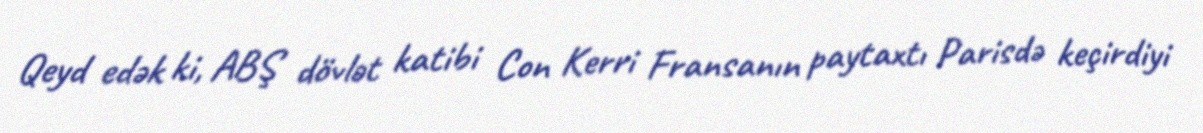
Qeyd edək ki, ABŞ dövlət katibi Con Kerri Fransanın paytaxtı Parisdə keçirdiyi